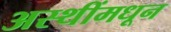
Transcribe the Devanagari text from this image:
अस्थींमधून